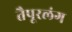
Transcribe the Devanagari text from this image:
तैपूरलंग